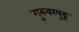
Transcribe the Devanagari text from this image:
गुरुवरयुडू